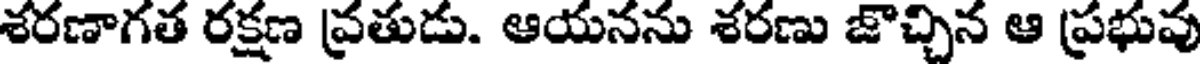
శరణాగత రక్షణ వ్రతుడు. ఆయనను శరణు జొచ్చిన ఆ ప్రభువు